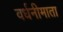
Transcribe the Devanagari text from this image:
वर्धनीमाता